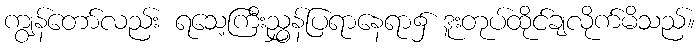
ကျွန်တော်လည်း ရသေ့ကြီးညွှန်ပြရာနေရာ၌ ဒူးတုပ်ထိုင်ချလိုက်မိသည်။